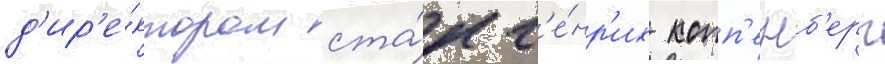
д'ир'е́ктором ста́л г'е́нр'их копп'енб'ерг